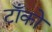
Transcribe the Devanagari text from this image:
टाँको